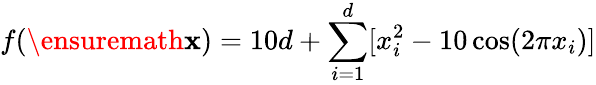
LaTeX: f(\ensuremath{\mathbf{x}})=10d+\sum_{i=1}^{d}[x_{i}^{2}-10\cos(2\pi x_{i})]